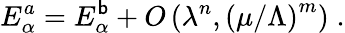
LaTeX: E_{\alpha}^{a}=E_{\alpha}^{\mathsf{b}}+O\left(\lambda^{n},\left({\mu/\Lambda}\right)^{m}\right)\; .